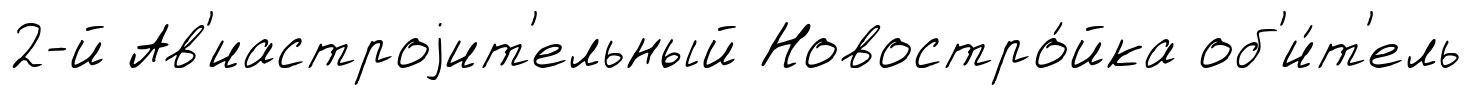
2-й Ав'иастроjит'ельный Новостро́йка об'и́т'ель